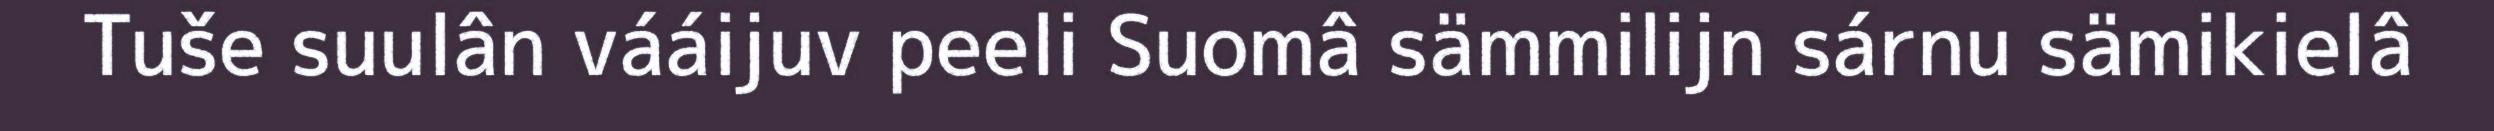
Tuše suulân vááijuv peeli Suomâ sämmilijn sárnu sämikielâ